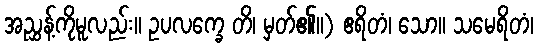
အညွှန့်ကိုမူလည်း။ ဥပလက္ခေ တိ၊ မှတ်၏။) ဧရိတံ၊ သော။ သမေရိတံ၊